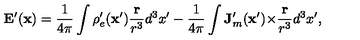
\mathbf { E } ^ { \prime } ( \mathbf { x } ) = \frac { 1 } { 4 \pi } \int \rho _ { e } ^ { \prime } ( \mathbf { x } ^ { \prime } ) \frac { \mathbf { r } } { r ^ { 3 } } d ^ { 3 } x ^ { \prime } - \frac { 1 } { 4 \pi } \int \mathbf { J } _ { m } ^ { \prime } ( \mathbf { x } ^ { \prime } ) { \bf \times } \frac { \mathbf { r } } { r ^ { 3 } } d ^ { 3 } x ^ { \prime } ,